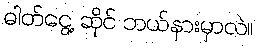
ဓါတ်ငွေ့ ဆိုင် ဘယ်နားမှာလဲ။